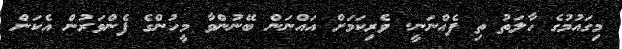
މިގައުމުގެ ހާލަތު ތި ފެއްނަނީ. ވެރިކަމަށް އައްނަން ބޭނުންވާ މީހުންގެ ފެންވަރުން އެކަން